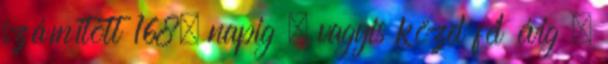
számított 168. napig – vagyis közel fél évig –